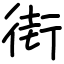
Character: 街